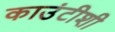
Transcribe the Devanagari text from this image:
काउंटीशी